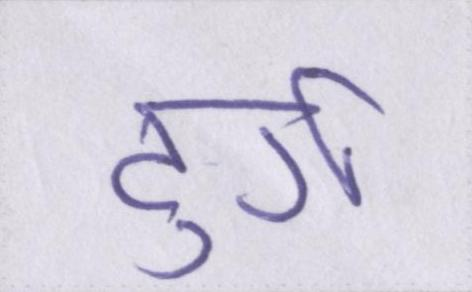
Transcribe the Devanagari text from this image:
दुर्ग